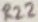
Text: R22